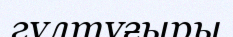
гүлтұғыры